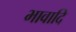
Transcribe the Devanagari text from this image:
भावादि